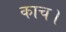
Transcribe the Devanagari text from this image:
काच।